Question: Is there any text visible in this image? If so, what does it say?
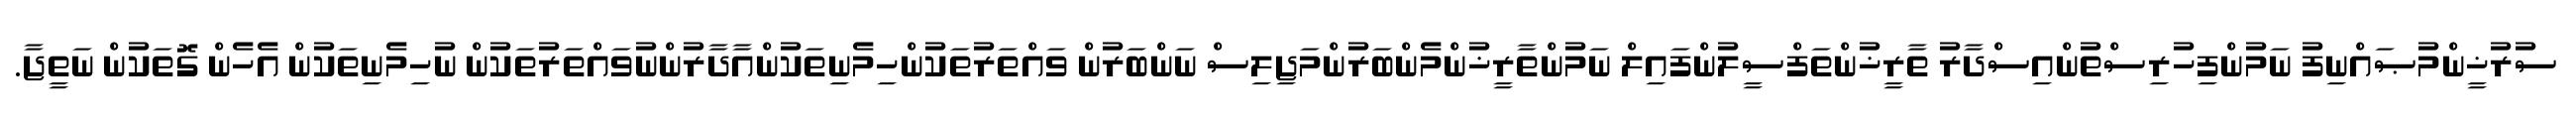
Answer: ސުރުޚީންމުޞައްނިފު ނަމުންފިހުރިސްތުންއިސްދާރު ތާރީޚުންތަފްސީލުންފައިލް ނަމުންތާރީޚުންމެންބަރުންމަޖިލިސް ނަންބަރުން ވައްތަރުތަކުންހިމެނިތަކުންއާދާރުންނުވައްތަރުތަކުން ނުހިމެނިތަކުން އެހެން ގޮތަކުން ނަތީޖާ.